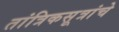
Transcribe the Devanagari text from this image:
तांत्रिकसूत्रांचे